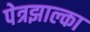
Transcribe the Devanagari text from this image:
पेत्रझाल्का